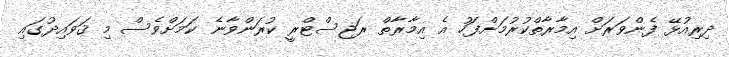
ދިރިއުޅޭ ފެންވަރަށް އިމާރާތްކުރުމަށްފަހު އެ އިމާރާތް ރަޖިސްޓްރީ ކުރަންވާނެ ކަމަށްވެސް މި ޤަވައިދުގައި